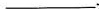
___.